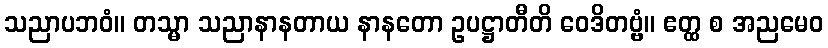
သညာပဘဝံ။ တသ္မာ သညာနာနတာယ နာနတော ဥပဋ္ဌာတီတိ ဝေဒိတဗ္ဗံ။ ဧတ္ထ စ အညမေဝ